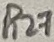
Text: R27